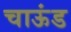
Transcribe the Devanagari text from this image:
चाऊंड